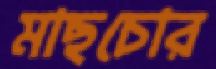
মাছচোর